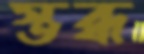
স্তব্ধ